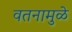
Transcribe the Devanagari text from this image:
वतनामुळे